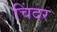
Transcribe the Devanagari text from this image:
चिंदर